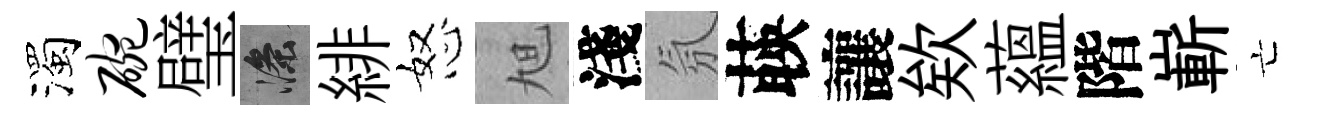
濁碗璧滌緋怒旭淺氛𦴤讓欸蘊階嶄亡